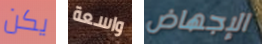
يكن واسعة الإجهاض